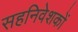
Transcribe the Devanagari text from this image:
सहनिवेशकों